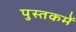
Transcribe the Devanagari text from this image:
पुस्‍तकमें